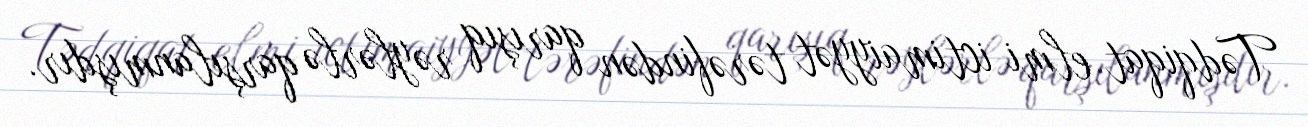
Tədqiqat elmi ictimaiyyət tərəfindən qarışıq rəylərlə qarşılanmışdır.